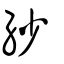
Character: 紗